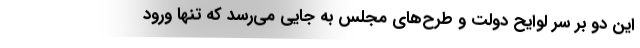
این دو بر سر لوایح دولت و طرح‌های مجلس به جایی می‌رسد که تنها ورود